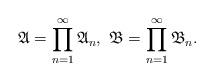
LaTeX: \begin{align*}\mathfrak{A}=\prod_{n=1}^\infty\mathfrak{A}_n,\ \mathfrak{B}=\prod_{n=1}^\infty\mathfrak{B}_n.\end{align*}